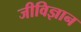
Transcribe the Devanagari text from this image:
जीविज्ञान